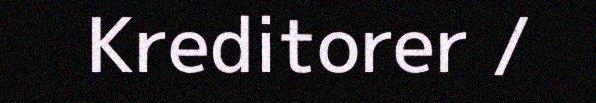
Kreditorer /